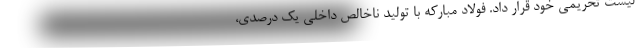
لیست تحریمی خود قرار داد. فولاد مبارکه با تولید ناخالص داخلی یک درصدی،